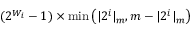
( 2 ^ { W _ { i } } - 1 ) \times \operatorname* { m i n } \left( \vert 2 ^ { i } \vert _ { m } , m - \vert 2 ^ { i } \vert _ { m } \right)